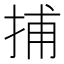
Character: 捕